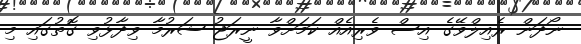
ނޯދަން ރެއިލްވޭގެ އިސް ވެރިއެއް ކަމަށްވާ ނީރަޖު ޝަރުމާ ވިދާޅުވި ގޮތުގައި މި